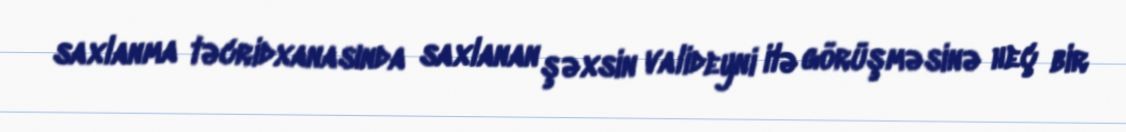
saxlanma təcridxanasında saxlanan şəxsin valideyni ilə görüşməsinə heç bir